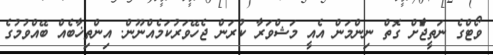
ވޯޓްގެ ނަތީޖާެަށް ގޮތް ނިންމަން އެއީ މަޝްވަރާ ކުރަން ޖެހޭވަރުކަމެއްނޫން. އިންތިޚާބެއް ބޭއްވުމުގެ